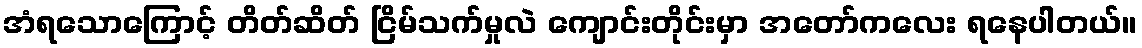
အံရသောကြောင့် တိတ်ဆိတ် ငြိမ်သက်မှုလဲ ကျောင်းတိုင်းမှာ အတော်ကလေး ရနေပါတယ်။